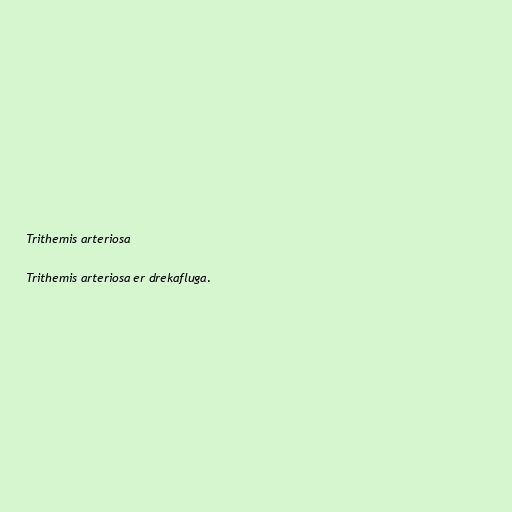
Trithemis arteriosa

Trithemis arteriosa er drekafluga.